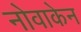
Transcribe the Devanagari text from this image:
नोवाकेन